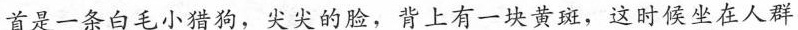
首是一条白毛小猎狗，尖尖的脸，背上有一块黄斑，这时候坐在人群